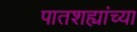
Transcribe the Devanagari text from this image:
पातशह्यांच्या